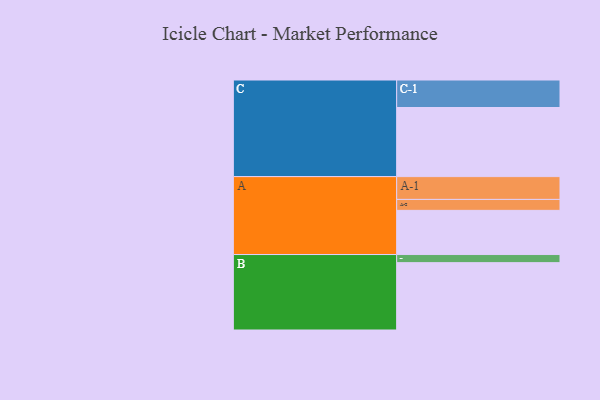
{"axis": {"x": "Segment", "y": "Value"}, "legend": ["", "A", "B", "C"], "data": [{"x": "A", "y": 376, "type": ""}, {"x": "B", "y": 573, "type": ""}, {"x": "C", "y": 588, "type": ""}, {"x": "A-1", "y": 194, "type": "A"}, {"x": "A-2", "y": 93, "type": "A"}, {"x": "B-1", "y": 69, "type": "B"}, {"x": "C-1", "y": 234, "type": "C"}]}